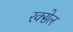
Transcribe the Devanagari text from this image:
रक्सेल